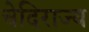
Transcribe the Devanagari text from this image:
चेदिराज्य